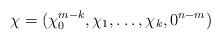
LaTeX: \begin{align*} \chi = (\chi_0^{m-k}, \chi_1, \dots, \chi_k, 0^{n-m})\end{align*}